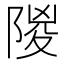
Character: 𨺡